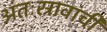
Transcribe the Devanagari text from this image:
अंतःस्रावांची